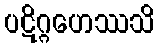
ပဋိဂ္ဂဟေဿသိ